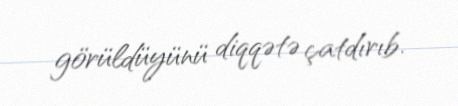
görüldüyünü diqqətə çatdırıb.